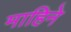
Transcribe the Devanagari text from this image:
माहिने